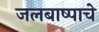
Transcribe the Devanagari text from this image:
जलबाष्पाचे